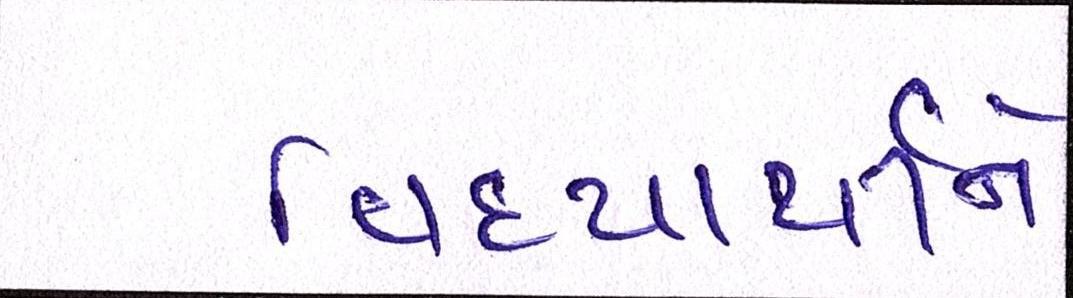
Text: વિદ્યાર્થીને